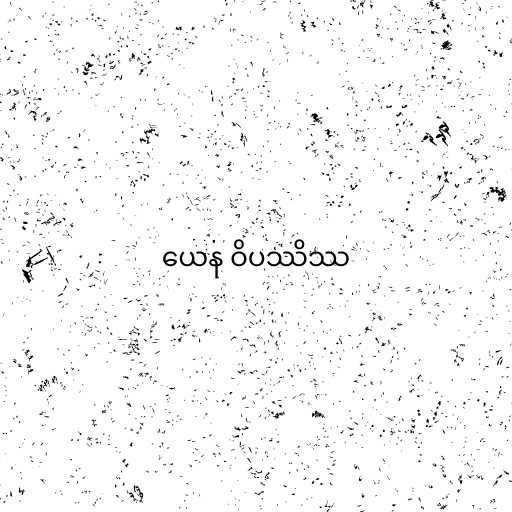
ယေန ဝိပဿိဿ